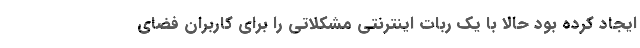
ایجاد کرده بود حالا با یک ربات اینترنتی مشکلاتی را برای کاربران فضای